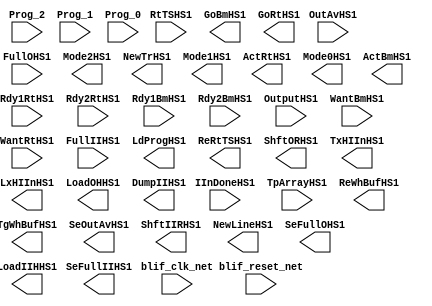
module s953_bench(
  blif_clk_net,
  blif_reset_net,
  Rdy1RtHS1,
  Rdy2RtHS1,
  Rdy1BmHS1,
  Rdy2BmHS1,
  IInDoneHS1,
  RtTSHS1,
  TpArrayHS1,
  OutputHS1,
  WantBmHS1,
  WantRtHS1,
  OutAvHS1,
  FullOHS1,
  FullIIHS1,
  Prog_2,
  Prog_1,
  Prog_0,
  ReWhBufHS1,
  TgWhBufHS1,
  SeOutAvHS1,
  LdProgHS1,
  Mode2HS1,
  ReRtTSHS1,
  ShftIIRHS1,
  NewTrHS1,
  Mode1HS1,
  ShftORHS1,
  ActRtHS1,
  Mode0HS1,
  TxHIInHS1,
  LxHIInHS1,
  NewLineHS1,
  ActBmHS1,
  GoBmHS1,
  LoadOHHS1,
  DumpIIHS1,
  SeFullOHS1,
  GoRtHS1,
  LoadIIHHS1,
  SeFullIIHS1);
input blif_clk_net;
input blif_reset_net;
input Rdy1RtHS1;
input Rdy2RtHS1;
input Rdy1BmHS1;
input Rdy2BmHS1;
input IInDoneHS1;
input RtTSHS1;
input TpArrayHS1;
input OutputHS1;
input WantBmHS1;
input WantRtHS1;
input OutAvHS1;
input FullOHS1;
input FullIIHS1;
input Prog_2;
input Prog_1;
input Prog_0;
output ReWhBufHS1;
output TgWhBufHS1;
output SeOutAvHS1;
output LdProgHS1;
output Mode2HS1;
output ReRtTSHS1;
output ShftIIRHS1;
output NewTrHS1;
output Mode1HS1;
output ShftORHS1;
output ActRtHS1;
output Mode0HS1;
output TxHIInHS1;
output LxHIInHS1;
output NewLineHS1;
output ActBmHS1;
output GoBmHS1;
output LoadOHHS1;
output DumpIIHS1;
output SeFullOHS1;
output GoRtHS1;
output LoadIIHHS1;
output SeFullIIHS1;
reg State_5;
reg State_4;
reg State_3;
reg State_2;
reg State_1;
reg State_0;
reg _8383_;
reg _8388_;
reg _8393_;
reg _8389_;
reg _8380_;
reg _8378_;
reg _8384_;
reg _8381_;
reg _8377_;
reg _8387_;
reg _8382_;
reg _8379_;
reg _8386_;
reg _8385_;
reg _8390_;
reg _8394_;
reg _8375_;
reg _8392_;
reg _8395_;
reg _8374_;
reg _8373_;
reg _8376_;
reg _8391_;
wire II372;
wire II425;
wire II699;
wire II789_1;
wire II351;
wire II1154_1;
wire II263;
wire II1166_2;
wire II1031_1;
wire II504;
wire II663;
wire II476;
wire II599;
wire II810_1;
wire II861_1;
wire II339;
wire II407;
wire II725;
wire II715;
wire II595;
wire II587;
wire II517;
wire II531;
wire II682;
wire II796_1;
wire II523;
wire II731;
wire II9;
wire II585;
wire II1160_1;
wire II1077_1;
wire II447;
wire II497;
wire II1047_1;
wire II1028_1;
wire II1196_1;
wire II418;
wire II1125_1;
wire II659;
wire II1207_1;
wire II779;
wire II571;
wire II686;
wire II577;
wire II363;
wire II283;
wire II689;
wire II1163_1;
wire II509;
wire II469;
wire II15;
wire II266;
wire II1103_2;
wire II474;
wire II4;
wire II366;
wire II343;
wire II278;
wire II440;
wire II513;
wire II481;
wire II25;
wire II466;
wire II704;
wire II514;
wire II348;
wire II1143_1;
wire II768;
wire II362;
wire II415;
wire II8;
wire II487;
wire II1083_1;
wire II609;
wire II422;
wire II750;
wire II1044_1;
wire II556;
wire II503;
wire II840_1;
wire II892_2;
wire II532;
wire II511;
wire II437;
wire II493;
wire II297;
wire II771;
wire II1157_1;
wire II379;
wire II521;
wire II671;
wire II382;
wire II18;
wire II1080_1;
wire II439;
wire II29;
wire II543;
wire II695;
wire II431;
wire II300;
wire II1173_1;
wire II336;
wire II355;
wire II555;
wire II1136_1;
wire II498;
wire II399;
wire II347;
wire II328;
wire II279;
wire II508;
wire II829_1;
wire II1184_2;
wire II1140_1;
wire II315;
wire II1040_1;
wire II655;
wire II333;
wire II746;
wire II318;
wire II735;
wire II568;
wire II479;
wire II21;
wire II551;
wire II624;
wire II458;
wire II1037_1;
wire II489;
wire II16;
wire II446;
wire II338;
wire II770;
wire II1176_2;
wire II596;
wire II575;
wire II1151_1;
wire II485;
wire II548;
wire II390;
wire II12;
wire II614;
wire II691;
wire II1199_1;
wire II398;
wire II404;
wire II386;
wire II1193_1;
wire II376;
wire II5;
wire II274;
wire II364;
wire II545;
wire II562;
wire II282;
wire II475;
wire II534;
wire II1132_2;
wire II1213_1;
wire II329;
wire II311;
wire II1216_1;
wire II1210_1;
wire II1113_1;
wire II410;
wire II13;
wire II450;
wire II423;
wire II697;
wire II405;
wire II275;
wire II580;
wire II537;
wire II1091_1;
wire II465;
wire II559;
wire II449;
wire II30;
wire II1107_1;
wire II24;
wire II740;
wire II711;
wire II359;
wire II512;
wire II442;
wire II680;
wire II367;
wire II554;
wire II416;
wire II1188_1;
wire II519;
wire II370;
wire II294;
wire II457;
wire II1188_2;
wire II414;
wire II723;
wire II567;
wire II264;
wire II335;
wire II673;
wire II354;
wire II1148_1;
wire II267;
wire II434;
wire II393;
wire II1118_1;
wire II461;
wire II910_1;
wire II17;
wire II660;
wire II342;
wire II357;
wire II665;
wire II539;
wire II27;
wire II20;
wire II702;
wire II1199_2;
wire II593;
wire II377;
wire II661;
wire II494;
wire II394;
wire II269;
wire II657;
wire II547;
wire II840_2;
wire II535;
wire II326;
wire II397;
wire II1184_1;
wire II565;
wire II693;
wire II625;
wire II896_1;
wire II676;
wire II767;
wire II495;
wire II963_1;
wire II7;
wire II733;
wire II271;
wire II1110_1;
wire II1034_1;
wire II322;
wire II451;
wire II1121_1;
wire II850_2;
wire II6;
wire II486;
wire II506;
wire II525;
wire II411;
wire II526;
wire II10;
wire II353;
wire II445;
wire II281;
wire II1203_1;
wire II325;
wire II1103_1;
wire II966_1;
wire II23;
wire II561;
wire II14;
wire II430;
wire II690;
wire II491;
wire II396;
wire II1056_1;
wire II529;
wire II276;
wire II1180_2;
wire II403;
wire II706;
wire II684;
wire II380;
wire II873_1;
wire II295;
wire II814_1;
wire II424;
wire II553;
wire II1166_1;
wire II738;
wire II468;
wire II717;
wire II287;
wire II360;
wire II341;
wire II350;
wire II881_2;
wire II330;
wire II345;
wire II374;
wire II1180_1;
wire II505;
wire II435;
wire II1094_1;
wire II284;
wire II1121_2;
wire II881_1;
wire II861_2;
wire II470;
wire II573;
wire II857_1;
wire II1100_1;
wire II331;
wire II1047_2;
wire II500;
wire II744;
wire II1087_1;
wire II610;
wire II667;
wire II11;
wire II1025_1;
wire II371;
wire II675;
wire II729;
wire II303;
wire II384;
wire II327;
wire II552;
wire II381;
wire II358;
wire II388;
wire II320;
wire II721;
wire II850_1;
wire II1132_1;
wire II477;
wire II1203_2;
wire II408;
wire II323;
wire II452;
wire II566;
wire II1216_2;
wire II272;
wire II277;
wire II421;
wire II540;
wire II634;
wire II600;
wire II2;
wire II441;
wire II429;
wire II778;
wire II317;
wire II708;
wire II590;
wire II412;
wire II570;
wire II612;
wire II737;
wire II1170_1;
wire II834_1;
wire II719;
wire II459;
wire II1128_1;
wire II455;
wire II19;
wire II467;
wire II579;
wire II428;
wire II1176_1;
wire II713;
wire II582;
wire II391;
wire II26;
wire II1097_1;
wire II340;
wire II669;
wire II280;
wire II662;
wire II463;
wire II453;
wire II742;
wire II769;
wire II589;
wire II700;
wire II777;
wire II432;
wire II344;
wire II265;
wire II22;
wire II482;
wire II678;
wire II28;
wire II436;
wire II473;
wire II3;
wire II892_1;
wire II1143_2;
wire II444;
wire II378;
always @(posedge blif_clk_net or posedge blif_reset_net)
  if(blif_reset_net == 1)
    State_5 <= 0;
  else
    State_5 <= II2;
always @(posedge blif_clk_net or posedge blif_reset_net)
  if(blif_reset_net == 1)
    State_4 <= 0;
  else
    State_4 <= II3;
always @(posedge blif_clk_net or posedge blif_reset_net)
  if(blif_reset_net == 1)
    State_3 <= 0;
  else
    State_3 <= II4;
always @(posedge blif_clk_net or posedge blif_reset_net)
  if(blif_reset_net == 1)
    State_2 <= 0;
  else
    State_2 <= II5;
always @(posedge blif_clk_net or posedge blif_reset_net)
  if(blif_reset_net == 1)
    State_1 <= 0;
  else
    State_1 <= II6;
always @(posedge blif_clk_net or posedge blif_reset_net)
  if(blif_reset_net == 1)
    State_0 <= 0;
  else
    State_0 <= II7;
always @(posedge blif_clk_net or posedge blif_reset_net)
  if(blif_reset_net == 1)
    _8383_ <= 0;
  else
    _8383_ <= II8;
always @(posedge blif_clk_net or posedge blif_reset_net)
  if(blif_reset_net == 1)
    _8388_ <= 0;
  else
    _8388_ <= II9;
always @(posedge blif_clk_net or posedge blif_reset_net)
  if(blif_reset_net == 1)
    _8393_ <= 0;
  else
    _8393_ <= II10;
always @(posedge blif_clk_net or posedge blif_reset_net)
  if(blif_reset_net == 1)
    _8389_ <= 0;
  else
    _8389_ <= II11;
always @(posedge blif_clk_net or posedge blif_reset_net)
  if(blif_reset_net == 1)
    _8380_ <= 0;
  else
    _8380_ <= II12;
always @(posedge blif_clk_net or posedge blif_reset_net)
  if(blif_reset_net == 1)
    _8378_ <= 0;
  else
    _8378_ <= II13;
always @(posedge blif_clk_net or posedge blif_reset_net)
  if(blif_reset_net == 1)
    _8384_ <= 0;
  else
    _8384_ <= II14;
always @(posedge blif_clk_net or posedge blif_reset_net)
  if(blif_reset_net == 1)
    _8381_ <= 0;
  else
    _8381_ <= II15;
always @(posedge blif_clk_net or posedge blif_reset_net)
  if(blif_reset_net == 1)
    _8377_ <= 0;
  else
    _8377_ <= II16;
always @(posedge blif_clk_net or posedge blif_reset_net)
  if(blif_reset_net == 1)
    _8387_ <= 0;
  else
    _8387_ <= II17;
always @(posedge blif_clk_net or posedge blif_reset_net)
  if(blif_reset_net == 1)
    _8382_ <= 0;
  else
    _8382_ <= II18;
always @(posedge blif_clk_net or posedge blif_reset_net)
  if(blif_reset_net == 1)
    _8379_ <= 0;
  else
    _8379_ <= II19;
always @(posedge blif_clk_net or posedge blif_reset_net)
  if(blif_reset_net == 1)
    _8386_ <= 0;
  else
    _8386_ <= II20;
always @(posedge blif_clk_net or posedge blif_reset_net)
  if(blif_reset_net == 1)
    _8385_ <= 0;
  else
    _8385_ <= II21;
always @(posedge blif_clk_net or posedge blif_reset_net)
  if(blif_reset_net == 1)
    _8390_ <= 0;
  else
    _8390_ <= II22;
always @(posedge blif_clk_net or posedge blif_reset_net)
  if(blif_reset_net == 1)
    _8394_ <= 0;
  else
    _8394_ <= II23;
always @(posedge blif_clk_net or posedge blif_reset_net)
  if(blif_reset_net == 1)
    _8375_ <= 0;
  else
    _8375_ <= II24;
always @(posedge blif_clk_net or posedge blif_reset_net)
  if(blif_reset_net == 1)
    _8392_ <= 0;
  else
    _8392_ <= II25;
always @(posedge blif_clk_net or posedge blif_reset_net)
  if(blif_reset_net == 1)
    _8395_ <= 0;
  else
    _8395_ <= II26;
always @(posedge blif_clk_net or posedge blif_reset_net)
  if(blif_reset_net == 1)
    _8374_ <= 0;
  else
    _8374_ <= II27;
always @(posedge blif_clk_net or posedge blif_reset_net)
  if(blif_reset_net == 1)
    _8373_ <= 0;
  else
    _8373_ <= II28;
always @(posedge blif_clk_net or posedge blif_reset_net)
  if(blif_reset_net == 1)
    _8376_ <= 0;
  else
    _8376_ <= II29;
always @(posedge blif_clk_net or posedge blif_reset_net)
  if(blif_reset_net == 1)
    _8391_ <= 0;
  else
    _8391_ <= II30;
assign II372 = ((~II892_1))|((~II892_2));
assign II699 = ((~II1143_1)&(~II1143_2));
assign II425 = ((~State_2))|((~II281))|((~II508));
assign II789_1 = (II278&II580);
assign II351 = ((~II350));
assign II1154_1 = (II267)|(II371);
assign II263 = ((~Rdy1RtHS1));
assign II1166_2 = (Prog_2&II452);
assign II1031_1 = (II317&II398);
assign II504 = ((~II505));
assign II663 = ((~II662));
assign II476 = ((~II519)&(~II545));
assign II599 = ((~II275))|((~II354));
assign II810_1 = (II364&II562);
assign II861_1 = (II263)|(II455);
assign II339 = ((~II338));
assign II725 = ((~II1184_1)&(~II1184_2));
assign II407 = ((~II412))|((~II532));
assign II715 = ((~II1166_1)&(~II1166_2));
assign II595 = ((~Rdy2BmHS1))|((~II274));
assign II517 = ((~II264))|((~II358));
assign II682 = ((~II1118_1))|((~II323));
assign II587 = ((~Prog_0))|((~II317));
assign II796_1 = (II283)|(II323);
assign II531 = ((~II429))|((~II491));
assign II523 = ((~II274))|((~Prog_2));
assign II731 = ((~II540)&(~II474));
assign II9 = ((~II377))|((~II661))|((~II659));
assign II585 = ((~II353))|((~II422));
assign II1160_1 = (II281&II412);
assign II1077_1 = (II458&II512);
assign II447 = ((~Rdy2RtHS1))|((~II362));
assign II497 = ((~II455))|((~II457));
assign II1047_1 = (II264)|(II284);
assign II1028_1 = (II367)|(II493);
assign II1196_1 = (II345&II418);
assign II418 = ((~II279)&(~II485));
assign II659 = ((~II322)&(~II1083_1));
assign II1125_1 = (Rdy2RtHS1)|(II561);
assign II1207_1 = (II519)|(II579);
assign II779 = ((~II778));
assign II571 = ((~II570));
assign II686 = ((~II1125_1))|((~II441));
assign II577 = ((~State_0))|((~II318))|((~II436));
assign II363 = ((~II362));
assign II283 = ((~Prog_1));
assign II689 = ((~II440)&(~II1128_1));
assign II1163_1 = (II345&II531);
assign II469 = ((~II468));
assign II509 = ((~II276))|((~II277));
assign II15 = ((~II796_1))|((~II675));
assign II266 = ((~Rdy2BmHS1));
assign II1103_2 = (Prog_0&II322);
assign II474 = ((~II493)&(~II577));
assign II4 = ((~II725))|((~II381))|((~II551));
assign II366 = ((~State_0)&(~II335)&(~II399));
assign II343 = ((~II276))|((~II394))|((~II482));
assign II278 = ((~State_3));
assign II481 = ((~II372))|((~II486));
assign II25 = ((~II814_1))|((~II767));
assign II513 = ((~II512));
assign II440 = ((~II495)&(~II509));
assign II466 = ((~Rdy1BmHS1)&(~II503));
assign II704 = ((~II1151_1))|((~II329));
assign II514 = ((~II263)&(~Rdy2RtHS1));
assign II348 = ((~II315)&(~II363));
assign II1143_1 = (II353&II404);
assign II768 = ((~II719))|((~II717));
assign II362 = ((~State_0)&(~II407));
assign II415 = ((~II414));
assign II8 = ((~II655))|((~II657));
assign II487 = ((~State_3))|((~II508));
assign II1083_1 = (II458&II506);
assign II609 = ((~II265))|((~II434));
assign II422 = ((~II431)&(~II525));
assign II750 = ((~II665))|((~II663));
assign II1044_1 = (II497&II570);
assign II556 = ((~II1028_1))|((~II355));
assign II503 = ((~II277))|((~II504));
assign II840_1 = (II283&II284);
assign II532 = ((~State_4)&(~II327));
assign II511 = ((~State_1))|((~State_0));
assign II892_2 = (II269)|(II625);
assign II437 = ((~II436));
assign II493 = ((~Rdy1BmHS1))|((~II266));
assign II297 = ((~II376)&(~II686)&(~II684));
assign II771 = ((~II770));
assign II1157_1 = (II274)|(II599);
assign II521 = ((~RtTSHS1))|((~II278));
assign II379 = ((~II378));
assign II671 = ((~II1103_1)&(~II1103_2));
assign II382 = ((~II276)&(~Prog_2)&(~II485));
assign II18 = ((~II295));
assign II1080_1 = (Prog_0&II382);
assign II439 = ((~Prog_0))|((~II514));
assign II29 = ((~II278)&(~State_2)&(~II441));
assign II543 = ((~II265))|((~Rdy2BmHS1));
assign II695 = ((~II408)&(~II328));
assign II431 = ((~II430));
assign II300 = ((~II700)&(~II810_1));
assign II1173_1 = (II263&II466);
assign II336 = ((~II473))|((~II357));
assign II355 = ((~II354));
assign II555 = ((~II330)&(~II1025_1));
assign II1136_1 = (II282&II590);
assign II498 = ((~II271)&(~II473));
assign II399 = ((~II284))|((~II436));
assign II347 = ((~State_3)&(~II394));
assign II328 = ((~II609)&(~II511)&(~II539));
assign II279 = ((~State_2));
assign II829_1 = (II547)|(II575);
assign II508 = ((~II509));
assign II1184_2 = (II269&II376);
assign II315 = ((~II272)&(~II514));
assign II655 = ((~II322)&(~II1077_1));
assign II1140_1 = (II271&II573);
assign II1040_1 = (OutputHS1&II322);
assign II333 = ((~II850_1)&(~II850_2));
assign II746 = ((~II1216_1))|((~II1216_2));
assign II318 = ((~II834_1))|((~II277));
assign II735 = ((~II552)&(~II1196_1));
assign II568 = ((~II1047_1))|((~II1047_2));
assign II479 = ((~II279))|((~II486));
assign II551 = ((~II279))|((~II442));
assign II21 = ((~II689))|((~II693))|((~II691));
assign II624 = ((~State_2)&(~II511));
assign II458 = ((~II279)&(~II571));
assign II1037_1 = (Prog_0)|(II336);
assign II489 = ((~II506))|((~II570));
assign II16 = ((~II323));
assign II446 = ((~II447));
assign II338 = ((~II857_1))|((~II439));
assign II770 = ((~II715))|((~II713));
assign II575 = ((~II271))|((~II284));
assign II1176_2 = (Prog_0&II600);
assign II596 = ((~II336)&(~II367));
assign II1151_1 = (II405)|(II537);
assign II485 = ((~II277))|((~II548));
assign II548 = ((~State_3)&(~II513));
assign II390 = ((~II391));
assign II12 = ((~II377))|((~II469));
assign II614 = ((~II523)&(~II575));
assign II691 = ((~II690));
assign II1199_1 = (II338&II364);
assign II398 = ((~II399));
assign II386 = ((~State_2)&(~II280));
assign II404 = ((~II284)&(~II421));
assign II1193_1 = (II424&II521);
assign II5 = ((~II733))|((~II729))|((~II731))|((~II397));
assign II376 = ((~II281)&(~II479));
assign II274 = ((~FullOHS1));
assign II545 = ((~II272))|((~II362));
assign II364 = ((~II274)&(~II379)&(~II525));
assign II562 = ((~II1037_1))|((~II439));
assign II282 = ((~Prog_2));
assign II475 = ((~II474));
assign II534 = ((~State_4)&(~II571));
assign II1132_2 = (II281)|(II467);
assign II1213_1 = (II498)|(II547);
assign II311 = ((~II742)&(~II746)&(~II744));
assign II329 = ((~II328));
assign II1216_1 = (II449)|(II537);
assign II1210_1 = (II339)|(II421);
assign II1113_1 = (II282)|(II415);
assign II410 = ((~II411));
assign II13 = ((~II415));
assign II450 = ((~State_0)&(~II505));
assign II697 = ((~II384)&(~II1140_1));
assign II423 = ((~II422));
assign II405 = ((~II404));
assign II275 = ((~FullIIHS1));
assign II580 = ((~II345)&(~II397));
assign II537 = ((~II263))|((~Rdy2RtHS1));
assign II1091_1 = (II585)|(II587);
assign II465 = ((~II390)&(~II966_1));
assign II559 = ((~II412)&(~II1031_1));
assign II449 = ((~State_1))|((~II318))|((~II450));
assign II30 = ((~II829_1))|((~II351));
assign II1107_1 = (II284&II382);
assign II24 = ((~OutAvHS1)&(~II326));
assign II740 = ((~II1207_1))|((~II477));
assign II711 = ((~II388)&(~II1160_1));
assign II359 = ((~Rdy1RtHS1))|((~II432))|((~II532));
assign II512 = ((~II280)&(~State_0));
assign II680 = ((~II445))|((~II381));
assign II442 = ((~State_1)&(~II347)&(~II509));
assign II554 = ((~II555));
assign II367 = ((~II366));
assign II416 = ((~II461)&(~II535));
assign II519 = ((~Rdy2BmHS1))|((~WantBmHS1));
assign II1188_1 = (State_1&II376);
assign II294 = ((~II408)&(~II678)&(~II676));
assign II370 = ((~II371));
assign II457 = ((~II266))|((~II506));
assign II723 = ((~II1180_1)&(~II1180_2));
assign II1188_2 = (II267&II388);
assign II414 = ((~State_1)&(~II425)&(~II521));
assign II264 = ((~Rdy2RtHS1));
assign II567 = ((~II388)&(~II1044_1));
assign II335 = ((~II277))|((~II282));
assign II673 = ((~II410)&(~II1107_1));
assign II354 = ((~II367)&(~II543));
assign II1148_1 = (II267)|(II565);
assign II267 = ((~IInDoneHS1));
assign II434 = ((~FullIIHS1)&(~II503));
assign II393 = ((~II282))|((~II283));
assign II1118_1 = (State_1)|(II479);
assign II461 = ((~II282))|((~II506));
assign II910_1 = (II277&II360);
assign II17 = ((~II294));
assign II660 = ((~II1087_1))|((~II469));
assign II342 = ((~II343));
assign II357 = ((~Rdy1BmHS1))|((~Rdy2BmHS1));
assign II665 = ((~II540)&(~II1094_1));
assign II539 = ((~II263))|((~II274));
assign II27 = ((~OutAvHS1)&(~II275));
assign II20 = ((~II297));
assign II702 = ((~II1148_1))|((~II481));
assign II1199_2 = (II267&II380);
assign II593 = ((~II284))|((~II430));
assign II377 = ((~II376));
assign II661 = ((~II660));
assign II394 = ((~State_0)&(~II327)&(~II357));
assign II494 = ((~II495));
assign II269 = ((~TpArrayHS1));
assign II657 = ((~II410)&(~II1080_1));
assign II547 = ((~WantRtHS1))|((~II446));
assign II535 = ((~II534));
assign II840_2 = (Prog_1&Prog_0);
assign II326 = ((~FullOHS1)&(~FullIIHS1));
assign II397 = ((~II396));
assign II1184_1 = (II486&II506);
assign II693 = ((~II376)&(~II1136_1));
assign II565 = ((~II444)&(~II1040_1));
assign II625 = ((~II624));
assign II896_1 = (II279)|(II320);
assign II676 = ((~II1113_1))|((~II343));
assign II767 = ((~II704)&(~II702));
assign II495 = ((~II280))|((~II281));
assign II733 = ((~II342)&(~II1193_1));
assign II7 = ((~II311));
assign II963_1 = (II335&II345);
assign II271 = ((~WantBmHS1));
assign II1110_1 = (II277&II388);
assign II322 = ((~II323));
assign II1034_1 = (II317&II428);
assign II451 = ((~II450));
assign II1121_1 = (State_0)|(II589);
assign II6 = ((~II377))|((~II779))|((~II777));
assign II486 = ((~II487));
assign II850_2 = (WantRtHS1&II614);
assign II525 = ((~II277))|((~II280));
assign II506 = ((~State_1)&(~II281));
assign II411 = ((~II279))|((~Prog_0))|((~II416));
assign II526 = ((~II370)&(~II416));
assign II10 = ((~II287));
assign II353 = ((~II344)&(~II873_1));
assign II445 = ((~II374))|((~II534));
assign II281 = ((~State_0));
assign II1203_1 = (II463)|(II491);
assign II325 = ((~II840_1)&(~II840_2));
assign II1103_1 = (State_5&II418);
assign II966_1 = (II335&II357);
assign II23 = ((~II300));
assign II561 = ((~II432)&(~II1034_1));
assign II14 = ((~II671))|((~II673));
assign II430 = ((~Prog_2)&(~II451));
assign II690 = ((~II1132_1))|((~II1132_2));
assign II491 = ((~State_5))|((~II548));
assign II396 = ((~II280)&(~II425));
assign II276 = ((~State_5));
assign II529 = ((~II399))|((~II489));
assign II1056_1 = (II280&II358);
assign II1180_2 = (II348&II554);
assign II403 = ((~II634))|((~II434))|((~II494));
assign II706 = ((~II1154_1))|((~II403));
assign II684 = ((~II1121_1))|((~II1121_2));
assign II380 = ((~II381));
assign II873_1 = (II263&II264);
assign II814_1 = (FullOHS1)|(II355);
assign II424 = ((~II425));
assign II295 = ((~II376)&(~II682)&(~II680));
assign II553 = ((~State_1))|((~II500));
assign II1166_1 = (II357&II529);
assign II738 = ((~II1203_1))|((~II1203_2));
assign II468 = ((~State_0)&(~II386)&(~II487));
assign II717 = ((~II322)&(~II1170_1));
assign II287 = ((~II750)&(~II789_1));
assign II341 = ((~II340));
assign II360 = ((~II881_1))|((~II881_2));
assign II350 = ((~II325)&(~II477));
assign II881_2 = (II282)|(II326);
assign II330 = ((~WantBmHS1))|((~II493));
assign II345 = ((~Rdy1RtHS1))|((~Rdy2RtHS1));
assign II374 = ((~II896_1))|((~II461));
assign II1180_1 = (II267&II322);
assign II505 = ((~II279))|((~II570));
assign II435 = ((~II434));
assign II1094_1 = (WantRtHS1&II582);
assign II284 = ((~Prog_0));
assign II1121_2 = (Rdy2BmHS1)|(II559);
assign II861_2 = (II265)|(II457);
assign II881_1 = (IInDoneHS1)|(Prog_2);
assign II470 = ((~II320)&(~II335)&(~II571));
assign II573 = ((~II517))|((~II545));
assign II857_1 = (Prog_0)|(II493);
assign II1100_1 = (WantBmHS1&II384);
assign II331 = ((~II330));
assign II500 = ((~II281)&(~II453));
assign II1047_2 = (Rdy1BmHS1)|(Prog_0);
assign II744 = ((~II1213_1))|((~II553));
assign II1087_1 = (Prog_0)|(II526);
assign II667 = ((~II328)&(~II1097_1));
assign II11 = ((~II475))|((~II669))|((~II667));
assign II610 = ((~Prog_2)&(~II284));
assign II1025_1 = (Rdy2BmHS1&II325);
assign II729 = ((~II1188_1)&(~II1188_2));
assign II675 = ((~II470)&(~II1110_1));
assign II371 = ((~II279))|((~II382));
assign II303 = ((~II706)&(~II708));
assign II552 = ((~II553));
assign II327 = ((~II326));
assign II384 = ((~II315)&(~II407)&(~II493));
assign II358 = ((~II359));
assign II381 = ((~State_3))|((~II396));
assign II388 = ((~II320)&(~II459));
assign II320 = ((~II495))|((~II511));
assign II721 = ((~II1176_1)&(~II1176_2));
assign II1132_1 = (II593)|(II595);
assign II850_1 = (II610&II612);
assign II477 = ((~II476));
assign II1203_2 = (II543)|(II577);
assign II408 = ((~II341)&(~II435)&(~II523));
assign II323 = ((~State_4))|((~II281))|((~II436));
assign II452 = ((~II453));
assign II566 = ((~II567));
assign II1216_2 = (II465)|(II489);
assign II272 = ((~WantRtHS1));
assign II277 = ((~State_4));
assign II421 = ((~II274))|((~II422));
assign II540 = ((~Rdy2RtHS1)&(~II263)&(~II449));
assign II634 = ((~II264)&(~II333));
assign II600 = ((~II331)&(~II447));
assign II441 = ((~II440));
assign II2 = ((~II711))|((~II771))|((~II769));
assign II429 = ((~Prog_0))|((~II450));
assign II778 = ((~II737))|((~II735));
assign II708 = ((~II1157_1))|((~II351));
assign II317 = ((~FullOHS1))|((~FullIIHS1));
assign II590 = ((~II429)&(~II539));
assign II570 = ((~II276)&(~State_3));
assign II412 = ((~II282)&(~II437));
assign II612 = ((~Rdy1RtHS1)&(~II274));
assign II737 = ((~II1199_1)&(~II1199_2));
assign II1170_1 = (II393&II414);
assign II834_1 = (FullIIHS1)|(II523);
assign II719 = ((~II500)&(~II1173_1));
assign II459 = ((~II458));
assign II1128_1 = (II378&II568);
assign II455 = ((~II264))|((~II512));
assign II19 = ((~II371))|((~II323));
assign II467 = ((~II466));
assign II579 = ((~II446)&(~II1056_1));
assign II428 = ((~II429));
assign II1176_1 = (State_4&II566);
assign II713 = ((~II470)&(~II1163_1));
assign II391 = ((~State_2)&(~II910_1));
assign II582 = ((~II331)&(~II517));
assign II26 = ((~II303));
assign II340 = ((~II861_1))|((~II861_2));
assign II1097_1 = (II317&II556);
assign II669 = ((~II342)&(~II1100_1));
assign II280 = ((~State_1));
assign II662 = ((~II1091_1))|((~II329));
assign II463 = ((~II390)&(~II963_1));
assign II453 = ((~II277))|((~II327))|((~II504));
assign II742 = ((~II1210_1))|((~II551));
assign II769 = ((~II768));
assign II777 = ((~II740)&(~II738));
assign II700 = ((~II403))|((~II351));
assign II432 = ((~II282)&(~II451));
assign II589 = ((~Prog_2))|((~II482));
assign II344 = ((~II345));
assign II265 = ((~Rdy1BmHS1));
assign II482 = ((~State_3)&(~State_2)&(~II525));
assign II22 = ((~II699))|((~II695))|((~II697))|((~II481));
assign II678 = ((~II329))|((~II423));
assign II28 = ((~OutAvHS1)&(~FullIIHS1));
assign II436 = ((~State_1)&(~II505));
assign II473 = ((~II265))|((~II266));
assign II3 = ((~II721))|((~II723));
assign II444 = ((~II445));
assign II1143_2 = (II274&II596);
assign II892_1 = (II279)|(II495);
assign II378 = ((~FullIIHS1)&(~II431));
endmodule